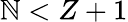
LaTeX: \mathbb{N}<Z+1